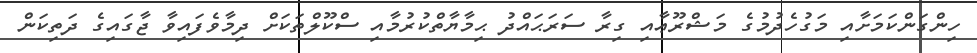
ހިންގަންކަމަށާއި މަގުހެދުމުގެ މަޝްރޫޢާއި ގިރާ ސަރަޙައްދު ޙިމާޔާތްކުރުމާއި ސްކޫލްތަކަށް ދިމާވެފައިވާ ޖާގައިގެ ދަތިކަން